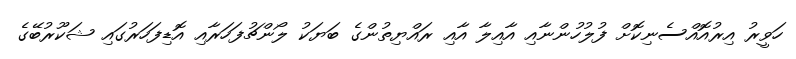
ހަވީރު އިރުއޮއްސެނިކޮށް ފުލުހުންނާއި އާއިލާ އާއި ރައްޔިތުންގެ ބަޔަކު ލޯންޗުފަހަރާއި އޮޑިފަހަރުގައި ޝަކޫރުބޭގެ